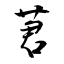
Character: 莙